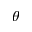
\theta